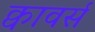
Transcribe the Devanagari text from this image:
क्वावर्स